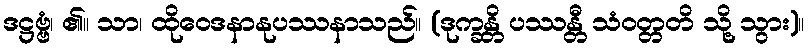
ဒဋ္ဌဗ္ဗံ၊ ၏။ သာ၊ ထိုဝေဒနာနုပဿနာသည်။ (ဒုက္ခန္တိ ပဿန္တီ သံဝတ္တတိ သို့ သွား)။